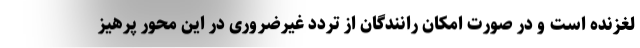
لغزنده است و در صورت امکان رانندگان از تردد غیرضروری در این محور پرهیز